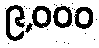
၉,၀၀၀